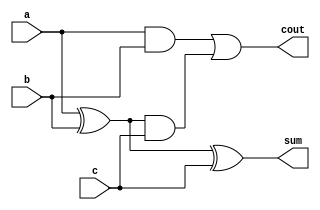
`timescale 1ns / 1ps

module adder (a,b,c,sum,cout);
//}} End of automatically maintained section
    input a;
    input b;
    input c;
  	output sum;
  	output cout;
	
	wire w1, w2, w3;
	
	xor x1(w1,a,b);
	xor x2(sum,w1,c);
	
	and a1(w2,a,b);
	and a2(w3,w1,c);
	or o1(cout,w2,w3);
	
// -- Enter your statements here -- //

endmodule